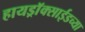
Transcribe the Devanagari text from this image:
हायड्राॅक्साईडच्या